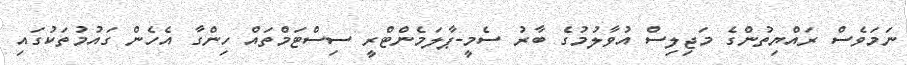
ނަމަވެސް ރައްޔިތުންގެ މަޖިލިސް އުވާލުމުގެ ބާރު ސެމީ-ޕާލަމެންޓްރީ ސިސްޓަމްތައް ހިންގާ އެހެން ގައުމުތަކުގައި